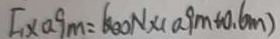
I _ { 1 } \times 0 . 9 m = 6 0 0 N \times ( 0 . 9 m + 0 . 6 m )